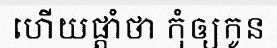
ហើយផ្តាំថា កុំឲ្យកូន